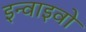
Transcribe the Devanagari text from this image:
इन्वाइवो